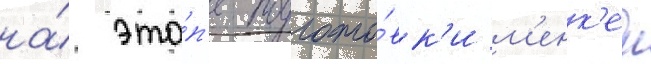
на́ эта́п'е подгото́вк'и м'енк'ен